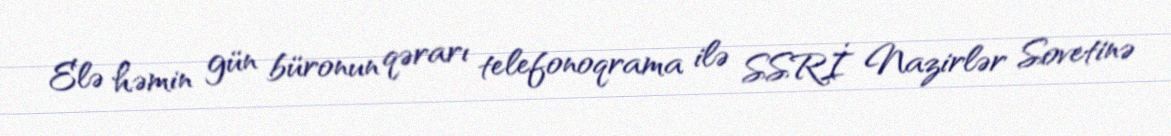
Elə həmin gün büronun qərarı telefonoqrama ilə SSRİ Nazirlər Sovetinə